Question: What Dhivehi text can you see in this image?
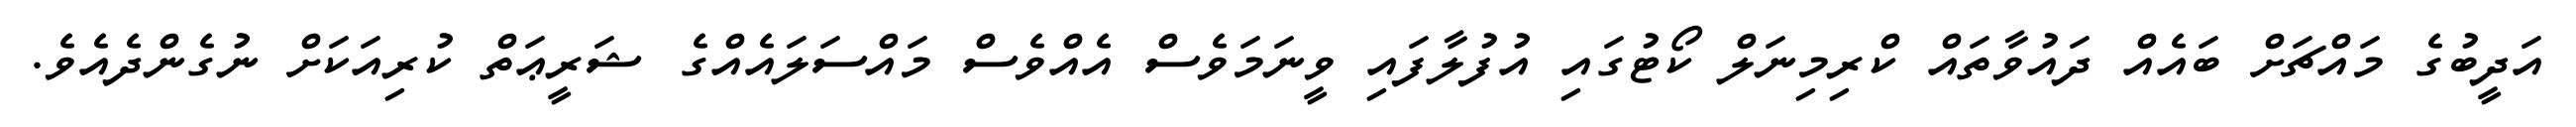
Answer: އަދީބުގެ މައްޗަށް ބައެއް ދައުވާތައް ކްރިމިނަލް ކޯޓުގައި އުފުލާފައި ވީނަމަވެސް އެއްވެސް މައްސަލައެއްގެ ޝަރީޢަތް ކުރިއަކަށް ނުގެންދެއެވެ.